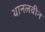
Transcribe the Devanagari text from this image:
थानलवीन